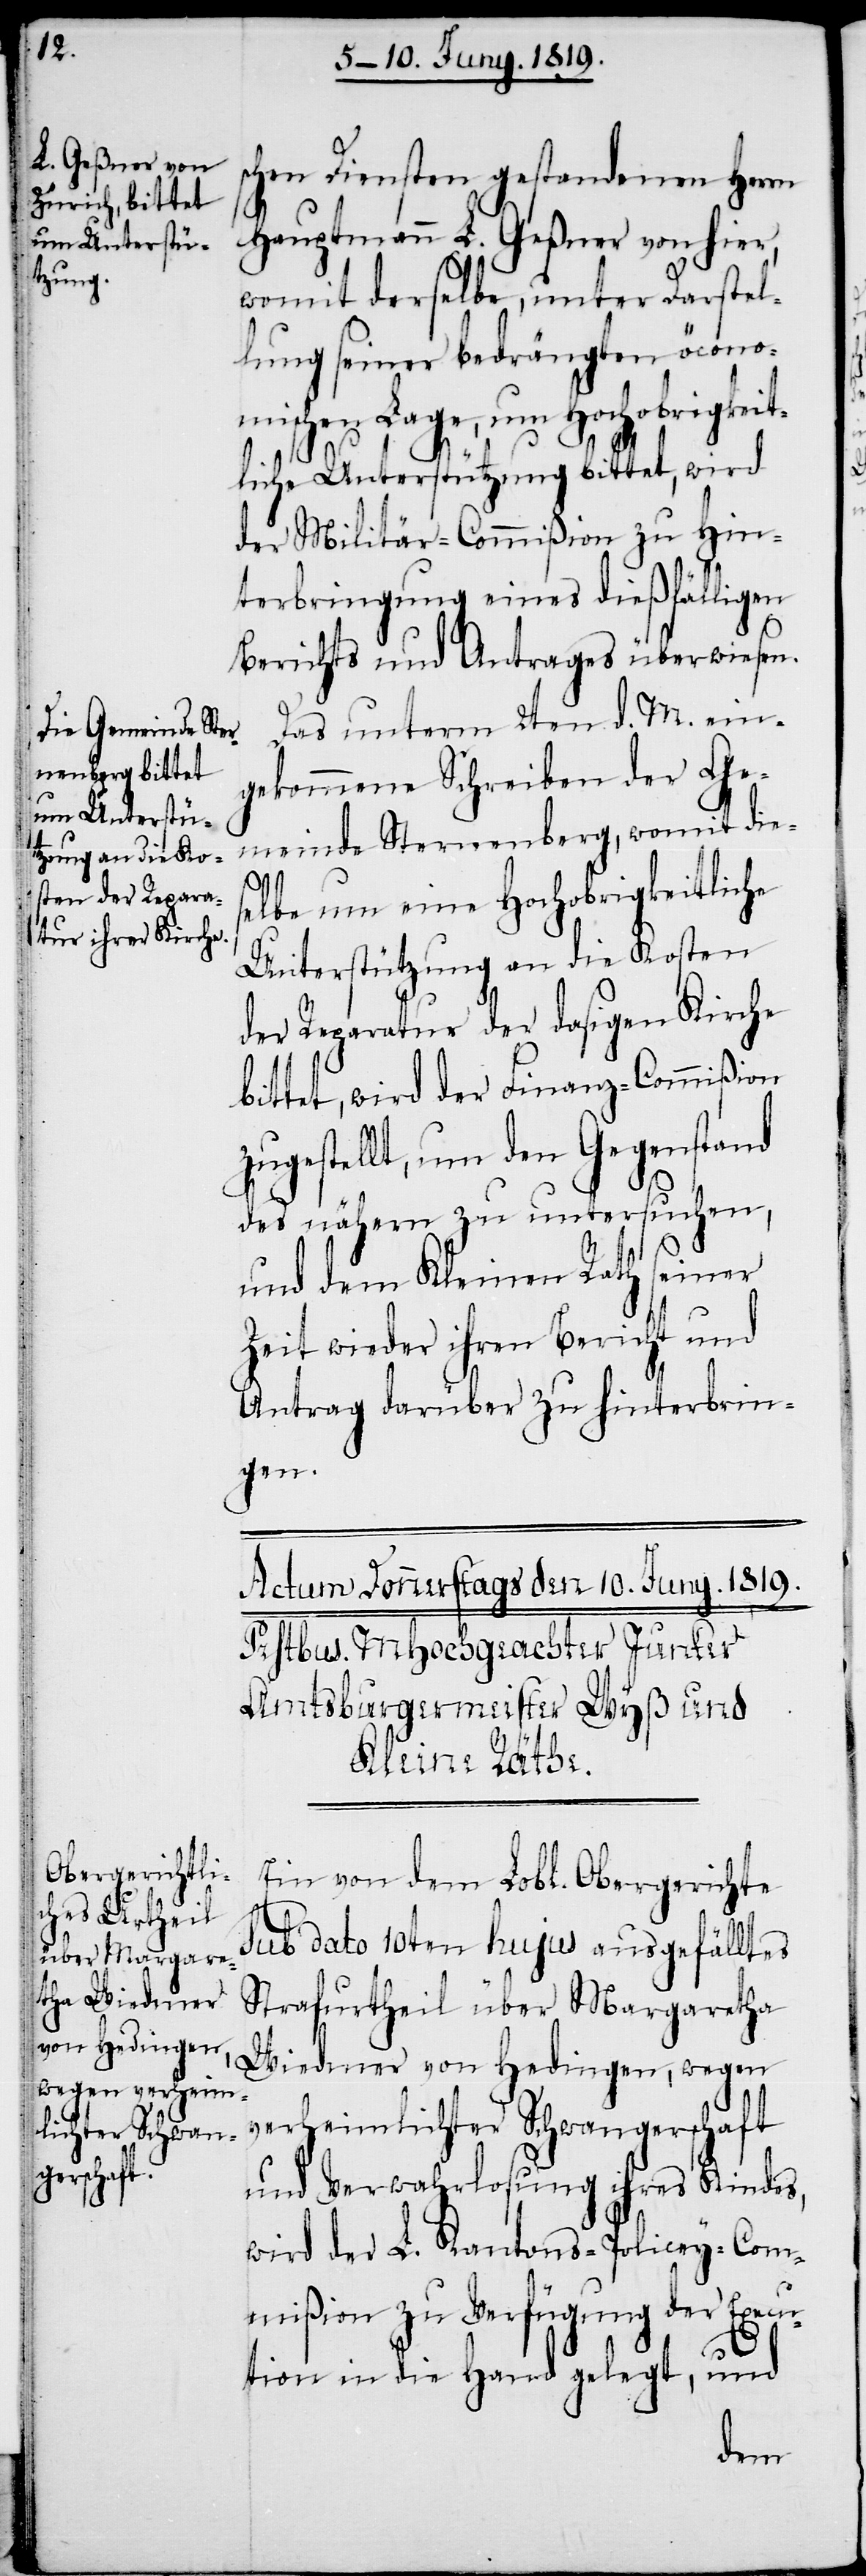
schen Diensten gestandenen Herrn
Hauptmann L. Geßner von hier,
womit derselbe, unter Darstel¬
lung seiner bedrängten öconom¬
ischen Lage, um Hochobrigkeit¬
liche Unterstützung bittet, wird
der Militär-Commißion zu Hin¬
terbringung eines dießfälligen
Berichts und Antrages überwiesen.
Das unterm 2ten d. M. ein¬
gekommene Schreiben der Ge¬
meinde Sternenberg, womit die¬
selbe um eine Hochobrigkeitliche
Unterstützung an die Kosten
der Reparatur der dasigen Kirche
bittet, wird der Finanz-Commißion
zugestellt, um den Gegenstand
des nähern zu untersuchen,
und dem Kleinen Rath seiner
Zeit wieder ihren Bericht und
Antrag darüber zu hinterbrin¬
gen.
Ein von dem Lobl. Obergerichte
sub dato 10ten hujus ausgefälltes
Strafurtheil über Margaretha
Wiedmer von Hedingen, wegen
verheimlichter Schwangerschaft
und Verwahrlosung ihres Kindes,
wird der L. Kantons-Policey-Com¬
mißion zu Verfügung der Execu¬
tion in die Hand gelegt, und